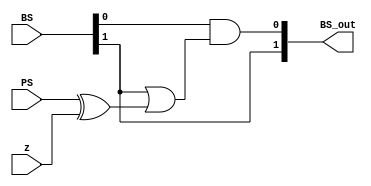
`timescale 1ns / 1ps
//////////////////////////////////////////////////////////////////////////////////
// Company: 
// Engineer: 
// 
// Design Name: 
// Module Name: initlogic
// Project Name: 
// Target Devices: 
// Tool Versions: 
// Description: 
// 
// Dependencies: 
// 
// Revision:
// Revision 0.01 - File Created
// Additional Comments:
// 
//////////////////////////////////////////////////////////////////////////////////


module initlogic(
input [1:0] BS,
input PS,
input z,
output [1:0] BS_out
);
assign BS_out = {BS[1],(BS[0]&(BS[1]|(PS ^ z)))};
endmodule